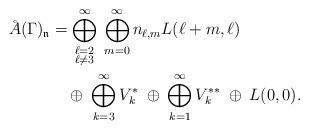
LaTeX: \begin{align*} \AA(\Gamma)_{\mathfrak{n}}&=\bigoplus_{\substack{\ell=2\\\ell\neq3}}^\infty\;\bigoplus_{m=0}^\infty n_{\ell,m}L(\ell+m,\ell)\\ &\quad\oplus\;\bigoplus_{k=3}^\infty V_k^*\;\oplus\:\bigoplus_{k=1}^\infty V_k^{**}\;\oplus\:L(0,0). \end{align*}